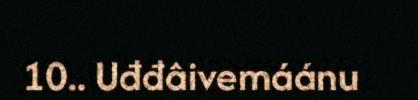
10.. Uđđâivemáánu